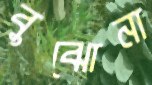
বুঝোনা